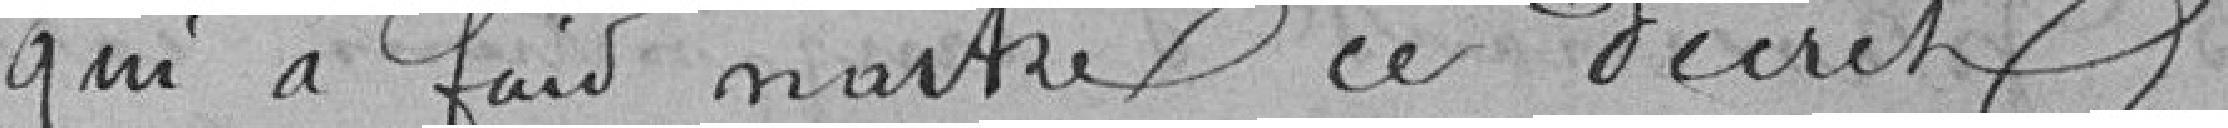
qui a fait naître ce décret